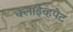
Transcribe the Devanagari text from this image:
क्लाईव्हपेट